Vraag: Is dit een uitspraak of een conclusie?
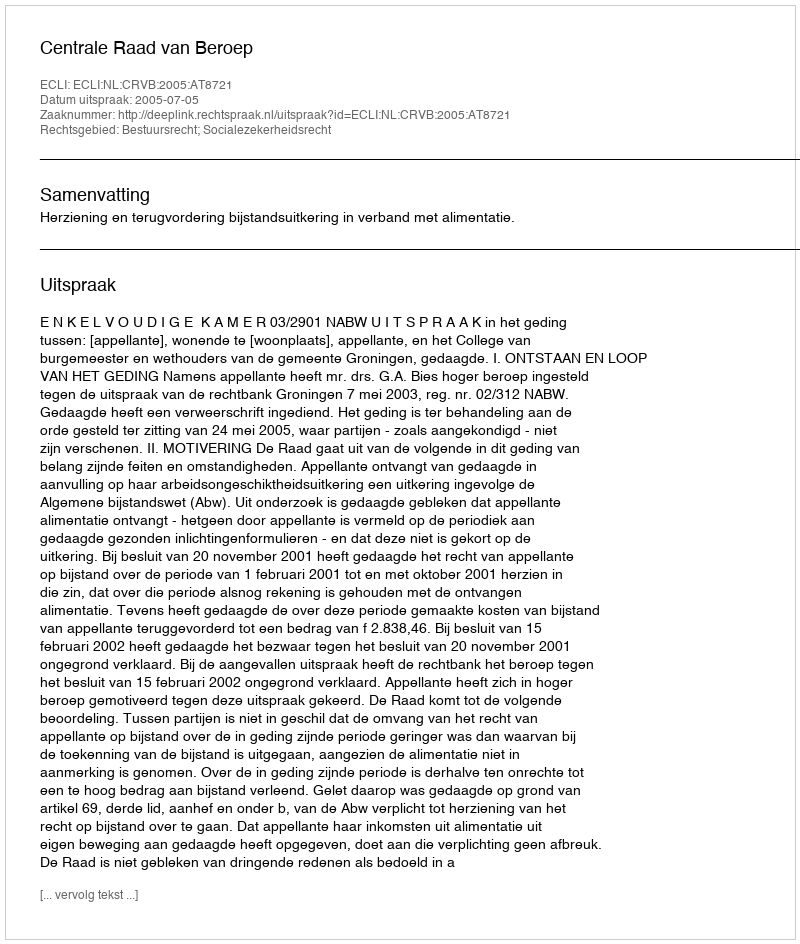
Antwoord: Uitspraak